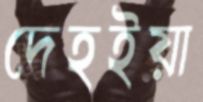
দেহইয়া